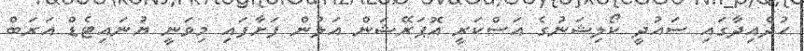
ހުދެއިދާގައި ސައުދީ ކޯލިޝަނުގެ އަސްކަރީ އޮޕަރޭޝަން އަލުން ފަށާފައި މިވަނީ ޔުނައިޓެޑް އަރަބް